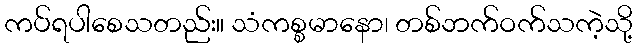
ကပ်ရပါစေသတည်း။ သံကစ္စမာနော၊ တစ်ဘက်ဝက်သကဲ့သို့